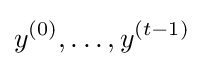
y^{(0)},\dots ,y^{(t-1)}